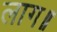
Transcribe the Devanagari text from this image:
लाग॥